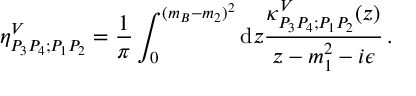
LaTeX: \eta _ { P _ { 3 } P _ { 4 } ; P _ { 1 } P _ { 2 } } ^ { V } = { \frac { 1 } { \pi } } \int _ { 0 } ^ { ( m _ { B } - m _ { 2 } ) ^ { 2 } } { \mathrm d } z { \frac { \kappa _ { P _ { 3 } P _ { 4 } ; P _ { 1 } P _ { 2 } } ^ { V } ( z ) } { z - m _ { 1 } ^ { 2 } - i \epsilon } } \, .